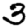
Digit: 3